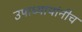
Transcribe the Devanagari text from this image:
उपाध्यायांनीच